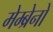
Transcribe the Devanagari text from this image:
मेम्ब्रेनों